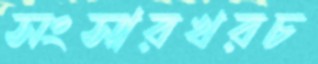
সংসারখরচ